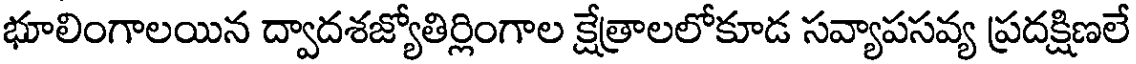
భూలింగాలయిన ద్వాదశజ్యోతిర్లింగాల క్షేత్రాలలోకూడ సవ్యాపసవ్య ప్రదక్షిణలే